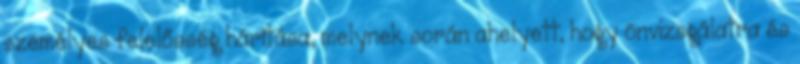
személyes felelősség hárítása, melynek során ahelyett, hogy önvizsgálatra és